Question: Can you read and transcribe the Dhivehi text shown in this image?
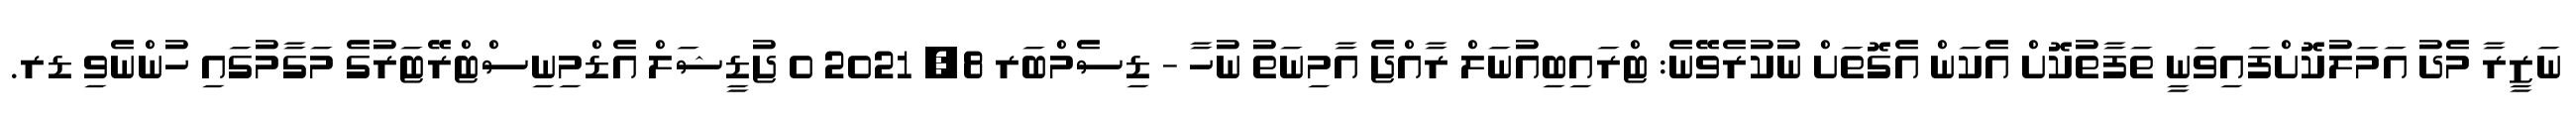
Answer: ނަޒީރާ މެދު އަމަލުކޮށްފައިވަނީ ތަފާތުކޮށް އެކަން އެގޮތަށް ނުކުރެވޭނެ: ޓްރައިބިއުނަލް ރާއްޖެ އާމިނަތު ނުހާ - ޑިސެމްބަރ 8, 2021 0 ޖުޑީޝަލް އެޑްމިނިސްޓްރޭޓަރުގެ މަގާމުގައި ހުންނެވި ޑރ.